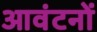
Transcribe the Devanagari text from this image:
आवंटनों